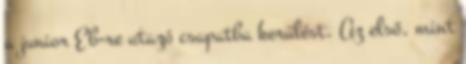
a junior Eb-re utazó csapatba kerülést. Az első, mint